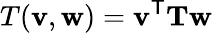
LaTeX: T(\mathbf{v},\mathbf{w})=\mathbf{v}^{\mathsf{T}}\mathbf{T}\mathbf{w}